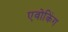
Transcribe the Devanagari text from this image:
एवोकिंग